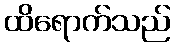
ထိရောက်သည်